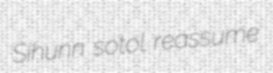
Sihunn sotol reassume